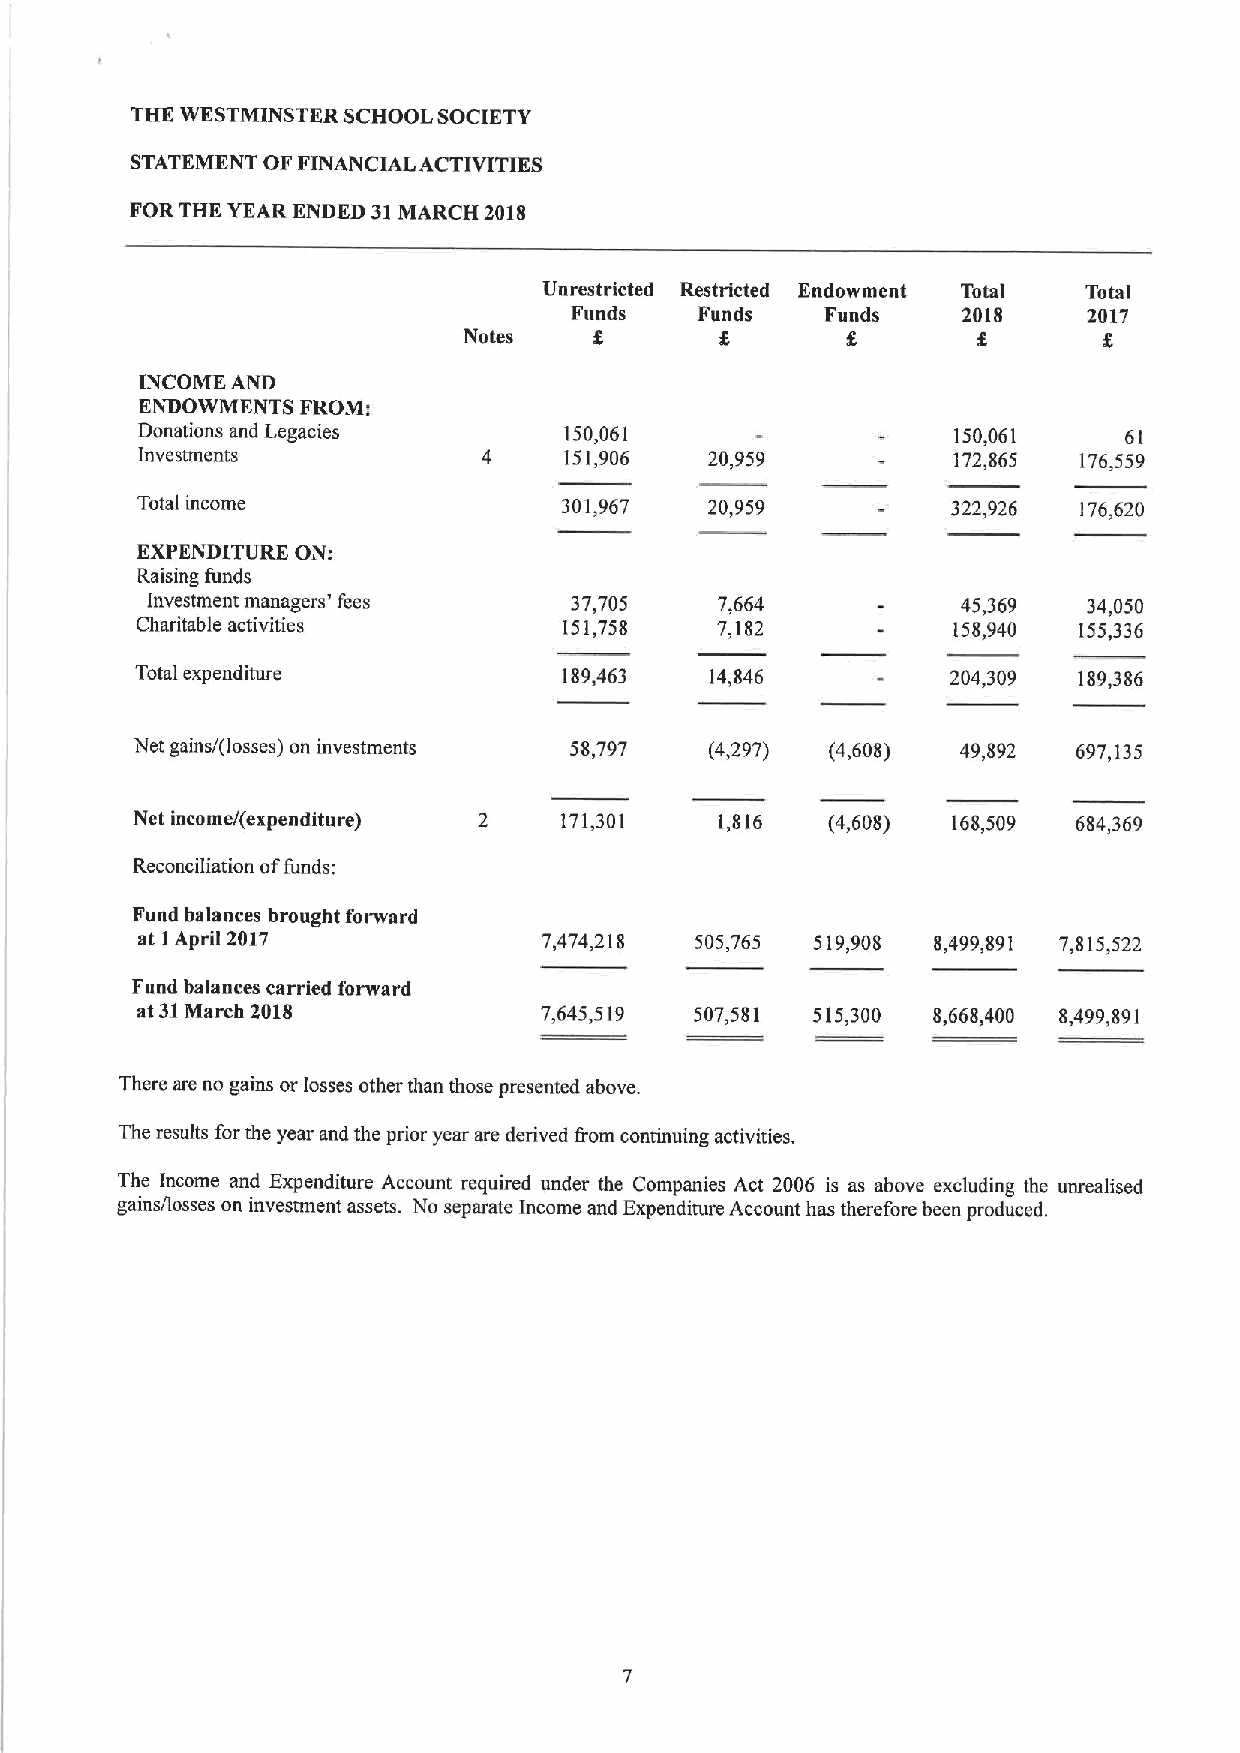
THE WESTMINSTER SCHOOL SOCIETY
 STATEMENT OF FINANCIAL ACTIVITIES
 FOR THE YEAR ENDED 31MARCH 2018
 Unrestricted Restricted Endowment Total Total
 Funds   Funds    Funds    2018    2017
 Notes            8
 INCOME AND
 ENDOWMENTS FROM'.
 Donations and Legacies      150,061                   150,061    61
 Investments            4    151,906   20,959          172,865 176,559
 Total income                301,967   20,959          322,926 176,620
 EXPENDITURE ON:
 Raising funds
 Investment managers' fees   37,705    7,664           45,369  34,050
 Charitable activities       151,758   7,182           158,940 155,336
 Total expenditure           189,463   14,846          204,309 189,386
 Net gains/(losses) on investments 58,797 (4,297) (4,608) 49,892 697,135
 Net income/(expenditure) 2  171,301    1,816  (4,608) 168,509 684,369
 Reconciliation offunds:
 Fund balances brought forward
 at IApril 2017             7,474,218 505,765 519,908 8,499,891 7,815,522
 Fund balances carried forward
 at 31March 2018            7,645,519 507,581 515,300 8,668,400 8,499,891
 There are no gains or losses other than those presented above.
 The results forthe year and the prior year are derived Irom continuing activities.
 The Income and Expenditure Account required under the Companies Act 2006 is as above excluding the unrealised
 gains/losses on investment assets. No separate Income and Expenditure Account has therefore been produced.